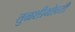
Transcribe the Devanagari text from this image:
तुळशीभोवती